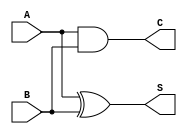
module threshold_half_adder (
    input wire A,      // First single-bit input
    input wire B,      // Second single-bit input
    output wire S,     // Sum output
    output wire C      // Carry output
);

// Logic for Sum (S) using XOR gate
assign S = A ^ B; // S is high if A and B are different (odd count of 1s)

// Logic for Carry (C) using AND gate
assign C = A & B; // C is high if both A and B are high

endmodule